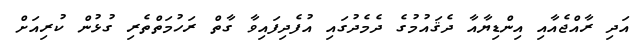
އަދި ރާއްޖެއާއި އިންޑިޔާއާ ދެޤައުމުގެ ދެމެދުގައި އުފެދިފައިވާ ގާތް ރަހުމަތްތެރި ގުޅުން ކުރިއަށް